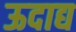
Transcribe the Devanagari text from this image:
ऊदाद्य